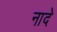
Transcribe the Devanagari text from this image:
नादे